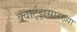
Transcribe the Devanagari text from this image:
क्वार्ट्‌झसारख्या